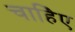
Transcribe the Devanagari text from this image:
चाहिेए